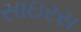
સાઇરસ